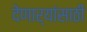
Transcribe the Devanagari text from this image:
देणार्यांसाठी